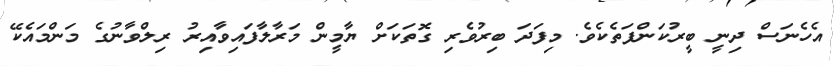
އެހެނަސް ދިނީ ބީރުކަންފަތެކެވެ. މިފަދަ ބިރުވެރި ގޮތަކަށް ޔާމީން މަރާލާފައިވާއިރު ރިލްވާނުގެ މަންމައެކޭ